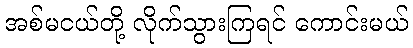
အစ်မငယ်တို့ လိုက်သွားကြရင် ကောင်းမယ်